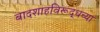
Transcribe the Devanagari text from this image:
बादशाहविरूद्धच्या